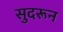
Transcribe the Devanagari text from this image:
सुदरून